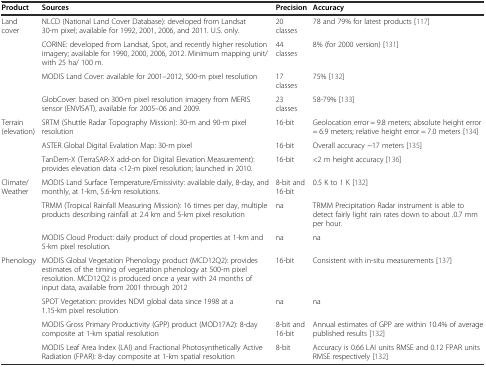
<table><thead><tr><td><b>Product</b></td><td><b>Sources</b></td><td><b>Precision</b></td><td><b>Accuracy</b></td></tr></thead><tbody><tr><td>Land cover</td><td>NLCD (National Land Cover Database): developed from Landsat 30-m pixel; available for 1992, 2001, 2006, and 2011. U.S. only.</td><td>20 classes</td><td>78 and 79% for latest products [117]</td></tr><tr><td></td><td>CORINE: developed from Landsat, Spot, and recently higher resolution imagery; available for 1990, 2000, 2006, 2012. Minimum mapping unit/with 25 ha/ 100 m.</td><td>44 classes</td><td>8% (for 2000 version) [131]</td></tr><tr><td></td><td>MODIS Land Cover: available for 2001–2012, 500-m pixel resolution</td><td>17 classes</td><td>75% [132]</td></tr><tr><td></td><td>GlobCover: based on 300-m pixel resolution imagery from MERIS sensor (ENVISAT), available for 2005–06 and 2009.</td><td>23 classes</td><td>58-79% [133]</td></tr><tr><td>Terrain (elevation)</td><td>SRTM (Shuttle Radar Topography Mission): 30-m and 90-m pixel resolution</td><td>16-bit</td><td>Geolocation error = 9.8 meters; absolute height error = 6.9 meters; relative height error = 7.0 meters [134]</td></tr><tr><td></td><td>ASTER Global Digital Evalation Map: 30-m pixel</td><td>16-bit</td><td>Overall accuracy ~17 meters [135]</td></tr><tr><td></td><td>TanDem-X (TerraSAR-X add-on for Digital Elevation Measurement): provides elevation data &lt;12-m pixel resolution; launched in 2010.</td><td>16-bit</td><td>&lt;2 m height accuracy [136]</td></tr><tr><td>Climate/Weather</td><td>MODIS Land Surface Temperature/Emissivity: available daily, 8-day, and monthly, at 1-km, 5.6-km resolutions.</td><td>8-bit and 16-bit</td><td>0.5 K to 1 K [132]</td></tr><tr><td></td><td>TRMM (Tropical Rainfall Measuring Mission): 16 times per day, multiple products describing rainfall at 2.4 km and 5-km pixel resolution</td><td>na</td><td>TRMM Precipitation Radar instrument is able to detect fairly light rain rates down to about .0.7 mm per hour.</td></tr><tr><td></td><td>MODIS Cloud Product: daily product of cloud properties at 1-km and 5-km pixel resolution.</td><td>na</td><td>na</td></tr><tr><td>Phenology</td><td>MODIS Global Vegetation Phenology product (MCD12Q2): provides estimates of the timing of vegetation phenology at 500-m pixel resolution. MCD12Q2 is produced once a year with 24 months of input data, available from 2001 through 2012</td><td>16-bit</td><td>Consistent with in-situ measurements [137]</td></tr><tr><td></td><td>SPOT Vegetation: provides NDVI global data since 1998 at a 1.15-km pixel resolution</td><td>na</td><td>na</td></tr><tr><td></td><td>MODIS Gross Primary Productivity (GPP) product (MOD17A2): 8-day composite at 1-km spatial resolution</td><td>8-bit and 16-bit</td><td>Annual estimates of GPP are within 10.4% of average published results [132]</td></tr><tr><td></td><td>MODIS Leaf Area Index (LAI) and Fractional Photosynthetically Active Radiation (FPAR): 8-day composite at 1-km spatial resolution</td><td>8-bit</td><td>Accuracy is 0.66 LAI units RMSE and 0.12 FPAR units RMSE respectively [132]</td></tr></tbody></table>